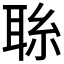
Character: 𦕱